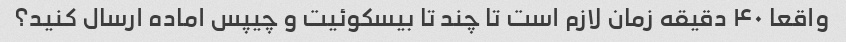
واقعا ۴۰ دقیقه زمان لازم است تا چند تا بیسکوئیت و چیپس اماده ارسال کنید؟